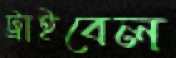
ট্রাইবেল